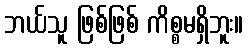
ဘယ်သူ ဖြစ်ဖြစ် ကိစ္စမရှိဘူး။